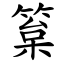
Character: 䈢